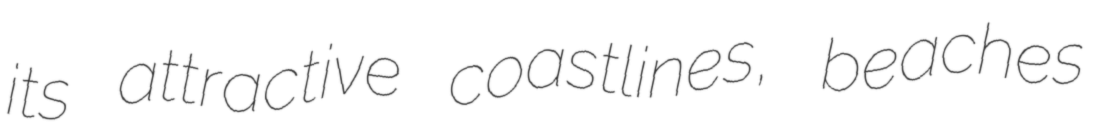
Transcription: its attractive coastlines, beaches